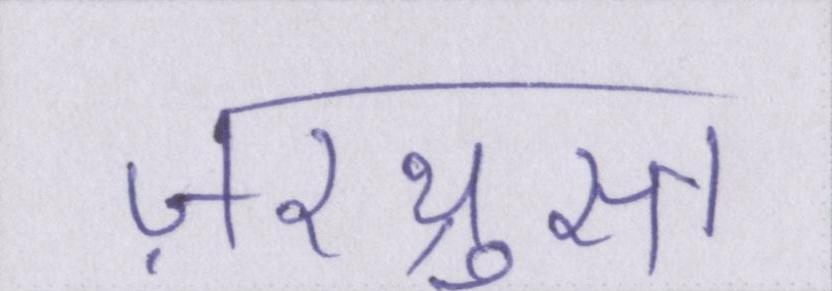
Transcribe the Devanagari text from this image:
ज़रथ्रुस्त